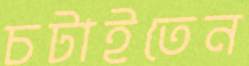
চটাইতেন